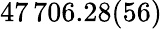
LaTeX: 47\, 706.28(56)